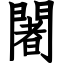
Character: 闍